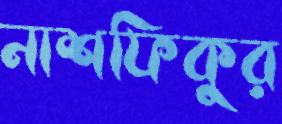
নাশফিকুর